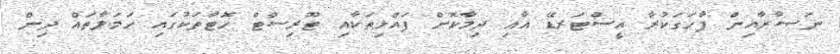
ނަޞާރާއިން ފާހަގަކުރާ އީސްޓަރޑޭ އާއި ދިމާކޮށް ފައްޅިތަކާއި ޓޫރިސްޓް ހޮޓާތަކުގައި ހަމަލާތައް ދިން